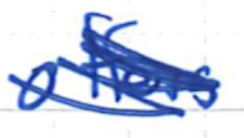
Text: offers
Cross-out: mix
Writing tool: ballpoint